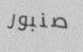
صنبور